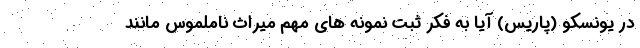
در یونسکو (پاریس) آیا به فکر ثبت نمونه های مهم میراث ناملموس مانند